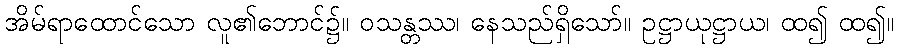
အိမ်ရာထောင်သော လူ၏ဘောင်၌။ ဝသန္တဿ၊ နေသည်ရှိသော်။ ဥဋ္ဌာယုဋ္ဌာယ၊ ထ၍ ထ၍။